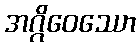
အဂ္ဂိဝေဿော